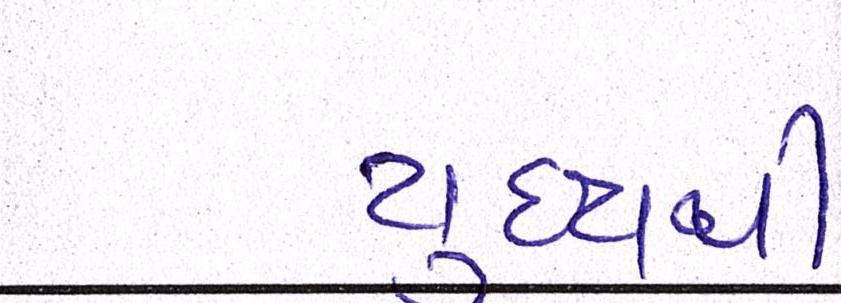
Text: યુદ્ધથી